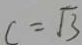
c = \sqrt { 3 }